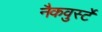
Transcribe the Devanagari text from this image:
नैकवुर्स्टे